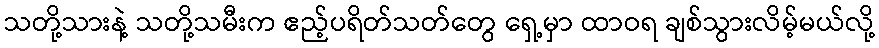
သတို့သားနဲ့ သတို့သမီးက ဧည့်ပရိတ်သတ်တွေ ရှေ့မှာ ထာဝရ ချစ်သွားလိမ့်မယ်လို့